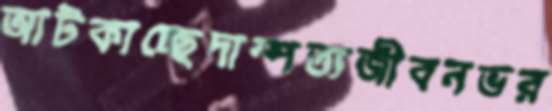
আটকাচ্ছেদাম্পত্যজীবনভর